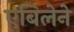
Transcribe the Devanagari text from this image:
एबिलेने